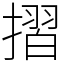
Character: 摺